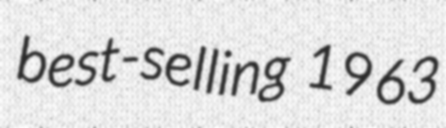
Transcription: best-selling 1963